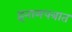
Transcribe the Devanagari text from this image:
इनामपत्रात